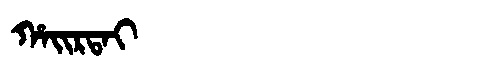
Manchu: ᡥᠠᡳᡵᡨᠠᡳ
Romanization: HAIRTAI